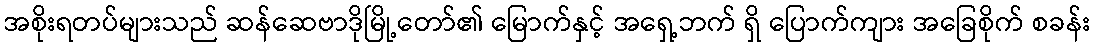
အစိုးရတပ်များသည် ဆန်ဆေဗာဒိုမြို့တော်၏ မြောက်နှင့် အရှေ့ဘက် ရှိ ပြောက်ကျား အခြေစိုက် စခန်း